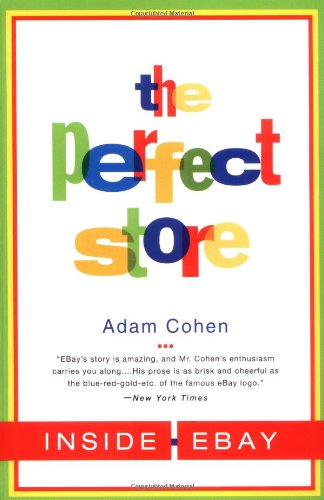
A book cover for The Perfect Store: Inside eBay; Adam Cohen; Computers & Technology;